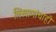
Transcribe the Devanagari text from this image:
लिखाणांचाही